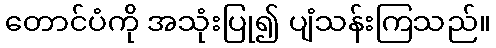
တောင်ပံကို အသုံးပြု၍ ပျံသန်းကြသည်။